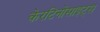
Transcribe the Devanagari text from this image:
केरटिनोसाइट्स